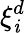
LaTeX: \xi_{\mathit{i}}^{d}